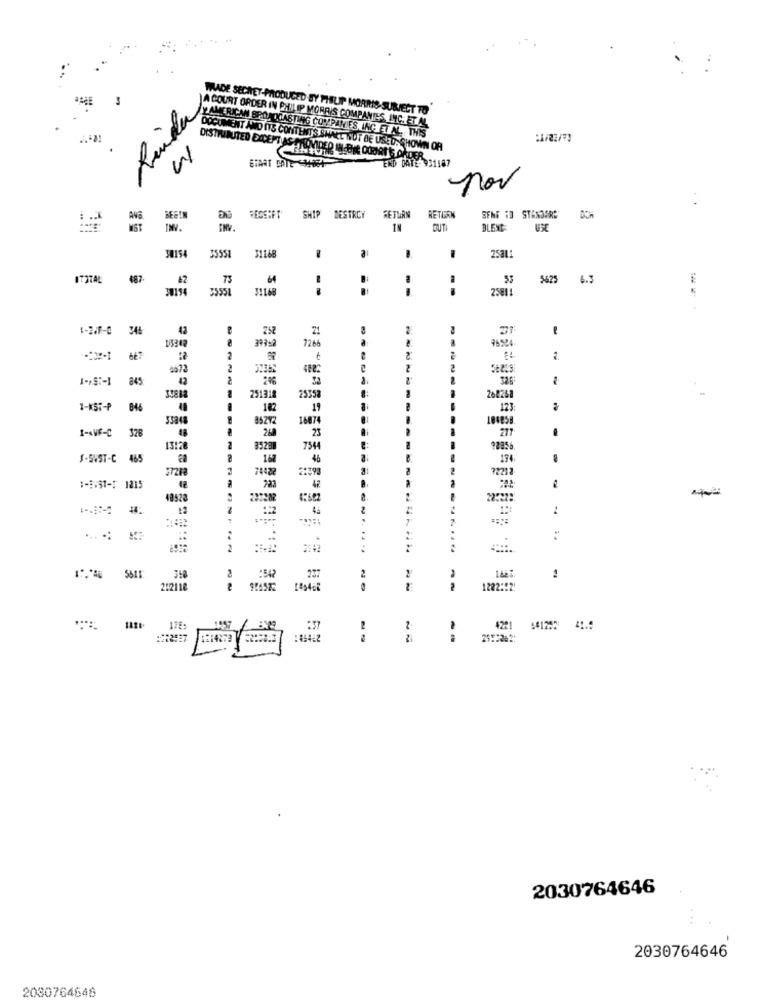
WADE SECRET-PRODUCED BY PHILIP MORRIS-SUBJECT TO
A COURT ORDER IN PHILIP MORRIS COMPANIES INC. ET AL
Y AMERICAN BROADCASTING COMPANIES, ING ET AL. THIS
DOCUMENT AND ITS CONTENTS SHALL NOT BE USED:SHOWN
DISTRIBUTED EXCEPTVIS ARE
M
END DATE 931187
nov
ANG
RECEIPT SHIP DESTROY
RETURN
RETIERN
SEME " STANDARD"
MST
IN
BUTI
BLEND
USE
311.68
30154
35551
2531
ITOTAL
487.
62
73
64
5625
6.3
3555L
311.6
--
--
- -
25811
1-2.9-0
42
252
21
21
7266
667
2
2
2
2
845
42
326
251312
2535
26826
1-K57-₱
846
182
1
123:
1687
101858
328
48
23
217
1-AUF-C
13:28
8528
7544
92856
$-SUST-C
465
16
46
174
7442
721
1-5.ST -* 1215
-
48528
44
1
.....
1
--------
:
2
:542
237
2
212118
--
1202:52
178-
:37
2
4221
41.9
:#14872
--
29:2262:
2030764646
2030764646
2080764646